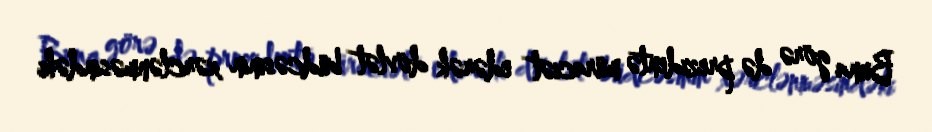
Buna görə də prezidentə müraciət edərək dövlət büdcəsinin xərclənməsindəki